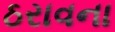
ઠરાવના